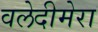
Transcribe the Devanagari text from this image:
वलेदीमेरा